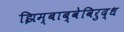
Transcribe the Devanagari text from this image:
झिम्बाब्वेविरुद्ध